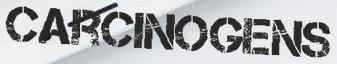
CARCINOGENS